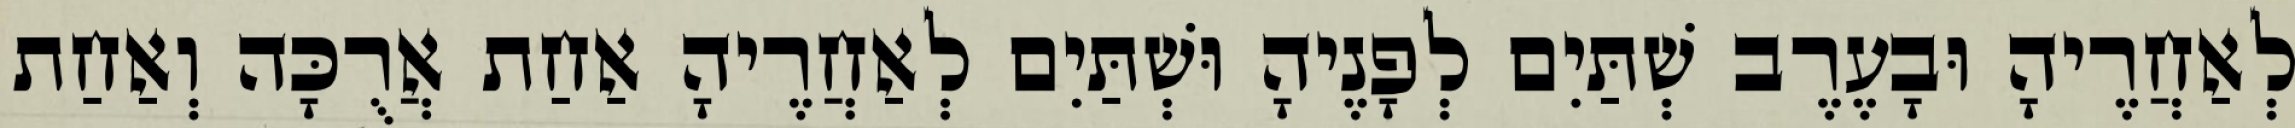
לְאַחֲרֶיהָ וּבָעֶרֶב שְׁתַּיִם לְפָנֶיהָ וּשְׁתַּיִם לְאַחֲרֶיהָ אַחַת אֲרֻכָּה וְאַחַת